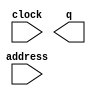
module LOG_Table (
	address,
	clock,
	q);

	input	[12:0]  address;
	input	  clock;
	output	[7:0]  q;

endmodule